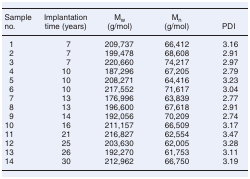
| Sample no. | Implantation time (years) | Mw(g/mol) | Mn(g/mol) | PDI |
 | --- | --- | --- | --- | --- |
 | 1 | 7 | 209,737 | 66,412 | 3.16 |
 | 2 | 7 | 199,478 | 68,608 | 2.91 |
 | 3 | 7 | 220,660 | 74,217 | 2.97 |
 | 4 | 10 | 187,296 | 67,205 | 2.79 |
 | 5 | 10 | 208,271 | 64,416 | 3.23 |
 | 6 | 10 | 217,552 | 71,617 | 3.04 |
 | 7 | 13 | 176,996 | 63,839 | 2.77 |
 | 8 | 13 | 196,600 | 67,618 | 2.91 |
 | 9 | 14 | 192,056 | 70,209 | 2.74 |
 | 10 | 16 | 211,157 | 66,509 | 3.17 |
 | 11 | 21 | 216,827 | 62,554 | 3.47 |
 | 12 | 25 | 203,630 | 62,005 | 3.28 |
 | 13 | 26 | 192,270 | 61,753 | 3.11 |
 | 14 | 30 | 212,962 | 66,750 | 3.19 |